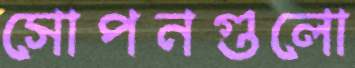
সোপনগুলো